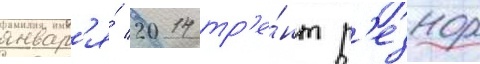
январ'я́ 2014 тр'е́нт р'езнор